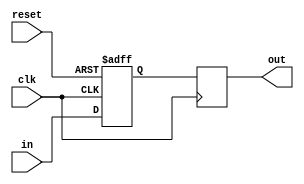
module inverter_delay (
    input wire clk,
    input wire reset,
    input wire in,
    output wire out
);

reg in_reg;
reg out_reg;

always @(posedge clk or posedge reset) begin
    if (reset) begin
        in_reg <= 1'b0;
    end else begin
        in_reg <= in;
    end
end

always @(posedge clk) begin
    out_reg <= #1 in_reg;
end

assign out = out_reg;

endmodule